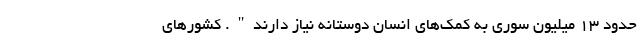
حدود 13 میلیون سوری به کمک‌‌های انسان‌ دوستانه نیاز دارند". کشورهای